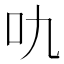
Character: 㕤